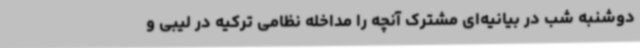
دوشنبه شب در بیانیه‌ای مشترک آنچه را مداخله نظامی ترکیه در لیبی و